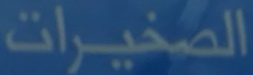
الصخيرات